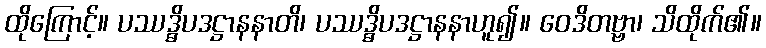
ထိုကြောင့်။ ပဿဒ္ဓိပဒဋ္ဌာနနာတိ၊ ပဿဒ္ဓိပဒဋ္ဌာနနာဟူ၍။ ဝေဒိတဗ္ဗာ၊ သိထိုက်၏။